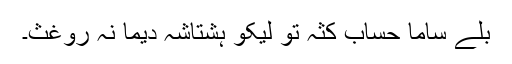
بلے ساما حساب کثہ تو لیکّو ہشتاشہ دیما نہ روغث۔